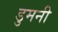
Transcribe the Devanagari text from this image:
डुमनी